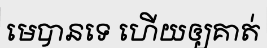
មេបានទេ ហើយឲ្យគាត់